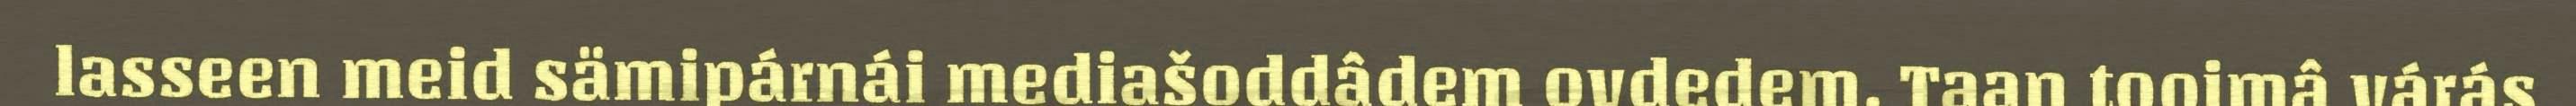
lasseen meid sämipárnái mediašoddâdem ovdedem. Taan tooimâ várás